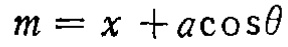
\(m = x + a\cos\theta\)